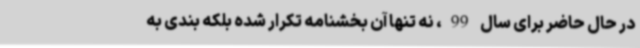
در حال حاضر برای سال 99، نه تنها آن بخشنامه تکرار شده بلکه بندی به